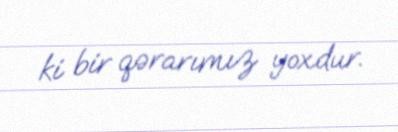
ki bir qərarımız yoxdur.